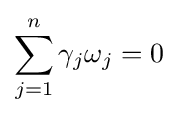
\sum _{j=1}^{n}\gamma _{j}\omega _{j}=0